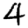
Digit: 4